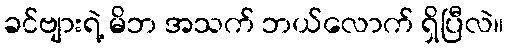
ခင်ဗျားရဲ့ မိဘ အသက် ဘယ်လောက် ရှိပြီလဲ။